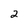
Character: 2